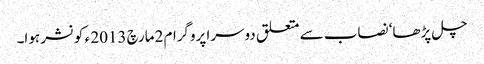
چل پڑھا‘ نصاب سے متعلق دوسرا پروگرام 2مارچ 2013 ء کو نشر ہوا۔